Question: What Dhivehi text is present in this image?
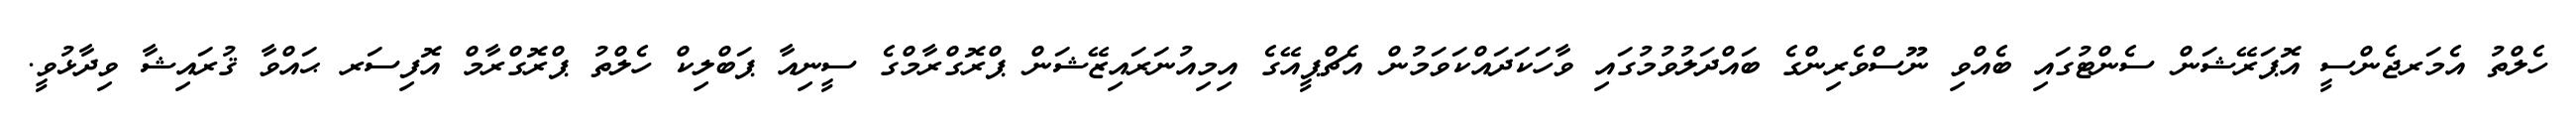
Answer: ހެލްތު އެމަރޖެންސީ އޮޕަރޭޝަން ސެންޓުގައި ބެއްވި ނޫސްވެރިންގެ ބައްދަލުވުމުގައި ވާހަކަދައްކަވަމުން އެޗްޕީއޭގެ އިމިއުނަރައިޒޭޝަން ޕްރޮގްރާމްގެ ސީނިއާ ޕަބްލިކް ހެލްތު ޕްރޮގްރާމް އޮފިސަރ ޙައްވާ ޤުރައިޝާ ވިދާޅުވީ.